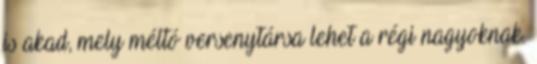
is akad, mely méltó versenytársa lehet a régi nagyoknak.